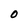
Character: O